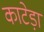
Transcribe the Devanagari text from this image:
काटेड़ा